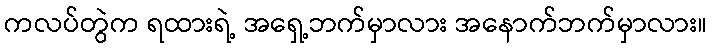
ကလပ်တွဲက ရထားရဲ့ အရှေ့ဘက်မှာလား အနောက်ဘက်မှာလား။